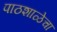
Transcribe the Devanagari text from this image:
पाठशाळेचा